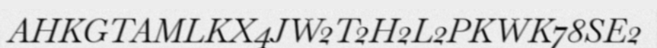
AHKGTAMLKX4JW2T2H2L2PKWK78SE2